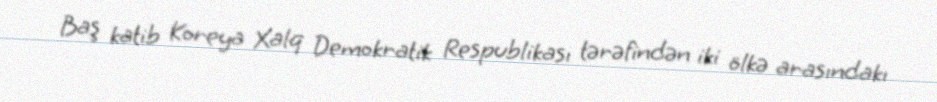
Baş katib Koreya Xalq Demokratik Respublikası tərəfindən iki ölkə arasındakı